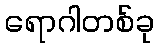
ရောဂါတစ်ခု